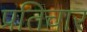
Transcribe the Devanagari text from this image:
प्रतिचार